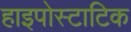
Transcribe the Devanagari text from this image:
हाइपोस्टाटिक